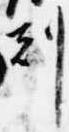
刻